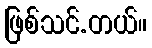
ဖြစ်သင်.တယ်။